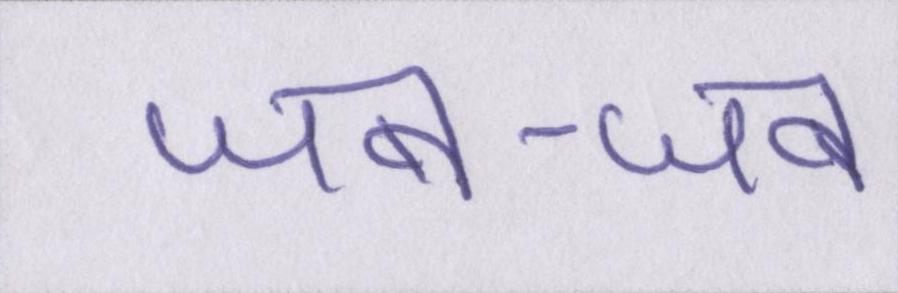
जब-जब